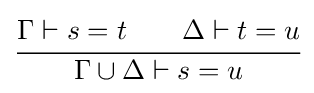
{\cfrac {\Gamma \vdash s=t\qquad \Delta \vdash t=u}{\Gamma \cup \Delta \vdash s=u}}